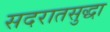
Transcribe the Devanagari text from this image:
सदरातसुद्धा